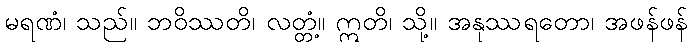
မရဏံ၊ သည်။ ဘဝိဿတိ၊ လတ္တံ့။ ဣတိ၊ သို့။ အနုဿရတော၊ အဖန်ဖန်